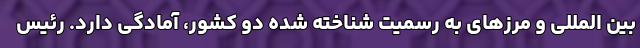
بین المللی و مرزهای به رسمیت شناخته شده دو کشور، آمادگی دارد. رئیس